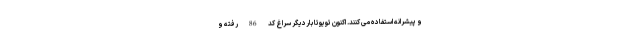
و پیشرانه استفاده می کنند. اکنون تویوتا باردیگر سراغ کد 86 رفته و